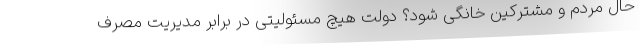
حال مردم و مشترکین خانگی شود؟ دولت هیچ مسئولیتی در برابر مدیریت مصرف